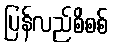
ပြန်လည်စိစစ်